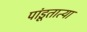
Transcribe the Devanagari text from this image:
पांडूतात्या